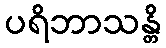
ပရိဘာသန္တိ